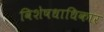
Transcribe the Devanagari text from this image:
विशेषधाधिकार